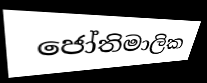
ජෝතිමාලික